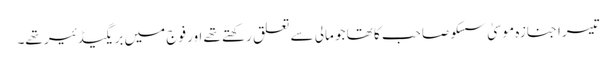
تیسرا جنازہ موسیٰ سسکو صاحب کا تھا جو مالی سے تعلق رکھتے تھے اور فوج میں بریگیڈئیر تھے۔